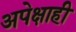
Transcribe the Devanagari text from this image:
अपेक्षाही